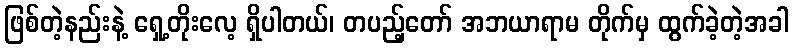
ဖြစ်တဲ့နည်းနဲ့ ရှေ့တိုးလေ့ ရှိပါတယ်၊ တပည့်တော် အဘယာရာမ တိုက်မှ ထွက်ခဲ့တဲ့အခါ